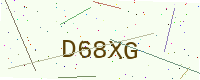
Text: D68XG